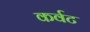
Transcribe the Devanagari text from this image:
कर्वट